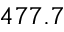
4 7 7 . 7